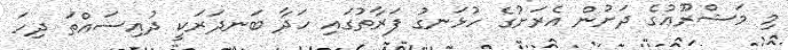
މި މަޝްރޫޢުގެ ދަށުން އެރަށުގެ ހުޅަނގު ފަރާތުގައި ހަދާ ބަނދަރަކީ ދުއިސައްތަ ދިހަ